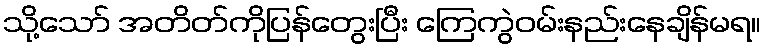
သို့သော် အတိတ်ကိုပြန်တွေးပြီး ကြေကွဲဝမ်းနည်းနေချိန်မရ။